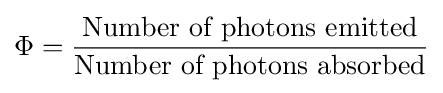
\Phi ={\frac {\text{Number of photons emitted}}{\text{Number of photons absorbed}}}